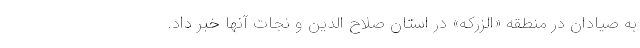
به صیادان در منطقه «الزرکه» در استان صلاح الدین و نجات آنها خبر داد.